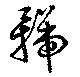
號